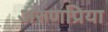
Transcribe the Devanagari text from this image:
अरुणप्रिया